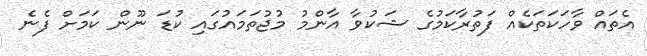
އެތައް ވާހަކަތަކެއް ފަތުރާކަމުގެ ޝަކުވާ އާންމު މުޖުތަމައުގައި ކުޑަ ނޫން ކަމަށް ފެނެ